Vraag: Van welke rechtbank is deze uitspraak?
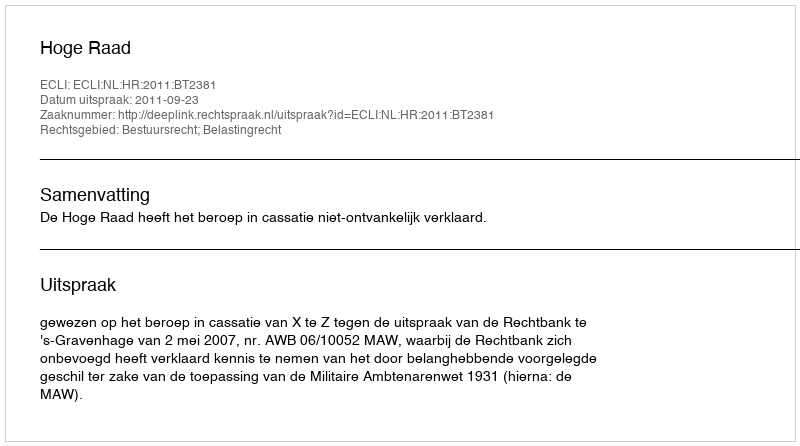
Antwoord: Hoge Raad